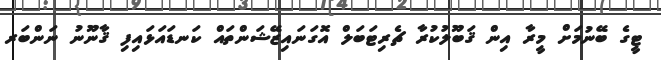
ޓީގެ ބޭނުމަށް މީރާ އިން ޤަބޫލުކުރާ ޗެރިޓަބަލް އޮގަނައިޒޭޝަންތައް ކަނޑައަޅައިފި ޤާނޫނު ނަންބަރ